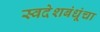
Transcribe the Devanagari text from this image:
स्वदेशबंधूंचा